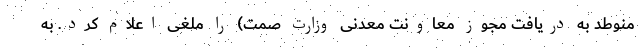
منوطد به دریافت مجوز معاونت معدنی وزارت صمت) را ملغی اعلام کرد. به